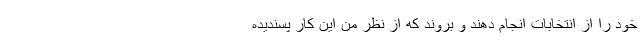
خود را از انتخابات انجام دهند و بروند که از نظر من این کار پسندیده